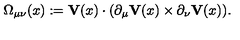
\Omega _ { \mu \nu } ( x ) : = { \bf V } ( x ) \cdot ( \partial _ { \mu } { \bf V } ( x ) \times \partial _ { \nu } { \bf V } ( x ) ) .